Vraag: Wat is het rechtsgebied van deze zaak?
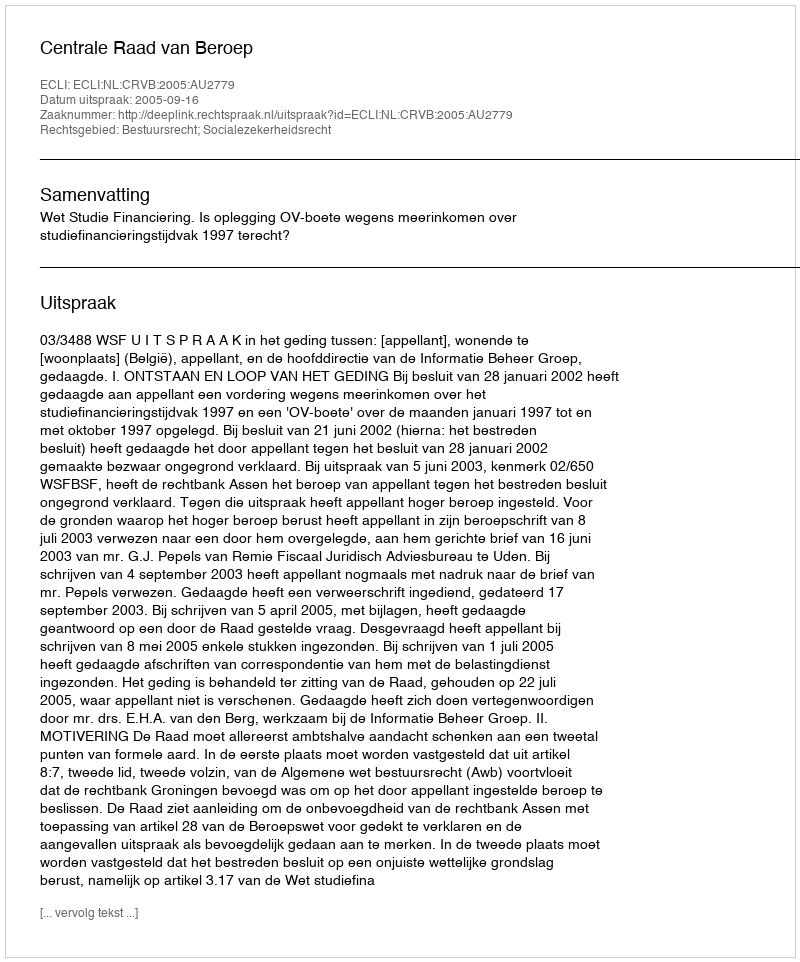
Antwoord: Bestuursrecht; Socialezekerheidsrecht